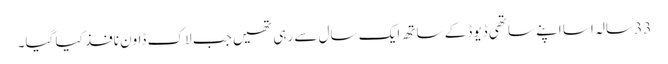
33 سالہ اسا اپنے ساتھی ڈیوڈ کے ساتھ ایک سال سے رہی تھیں جب لاک ڈاون نافذ کیا گیا۔